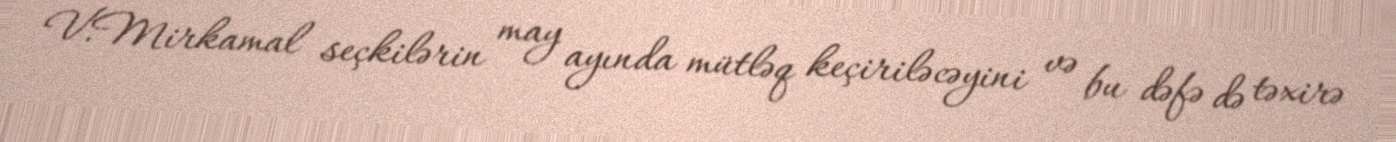
V.Mirkamal seçkilərin may ayında mütləq keçiriləcəyini və bu dəfə də təxirə